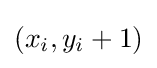
(x_{i},y_{i}+1)